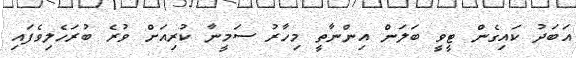
އަބަދު ކައިގެން ޓީވީ ބަލަން އިންނާތީ މިހާރު ސަމީނާ ކުރިއަށް ވުރެ ބުރަހެލިވެފައި